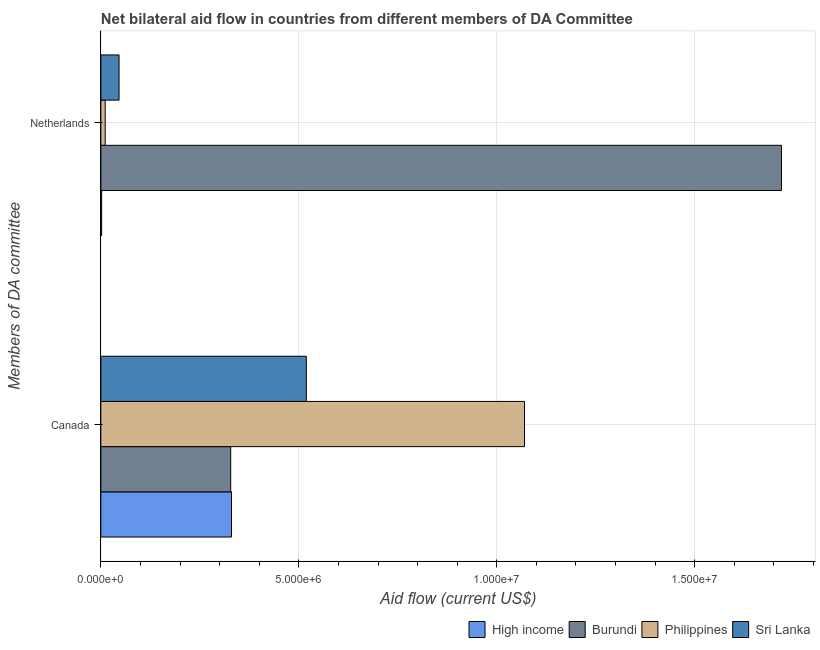
| Members of DA committee | High income | Burundi | Philippines | Sri Lanka |
 | --- | --- | --- | --- | --- |
 | Canada | 3.3e+06 | 3.28e+06 | 1.07e+07 | 5.19e+06 |
 | Netherlands | 2e+04 | 1.72e+07 | 1.1e+05 | 4.6e+05 |